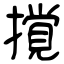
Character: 撹